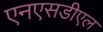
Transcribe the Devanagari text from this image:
एनएसडीएल